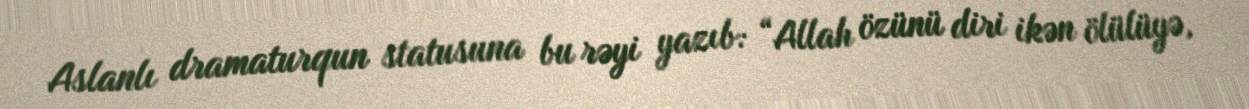
Aslanlı dramaturqun statusuna bu rəyi yazıb: “Allah özünü diri ikən ölülüyə,